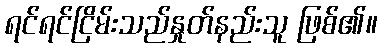
ရင်ရင်ငြိမ်းသည်နှုတ်နည်းသူ ဖြစ်၏။